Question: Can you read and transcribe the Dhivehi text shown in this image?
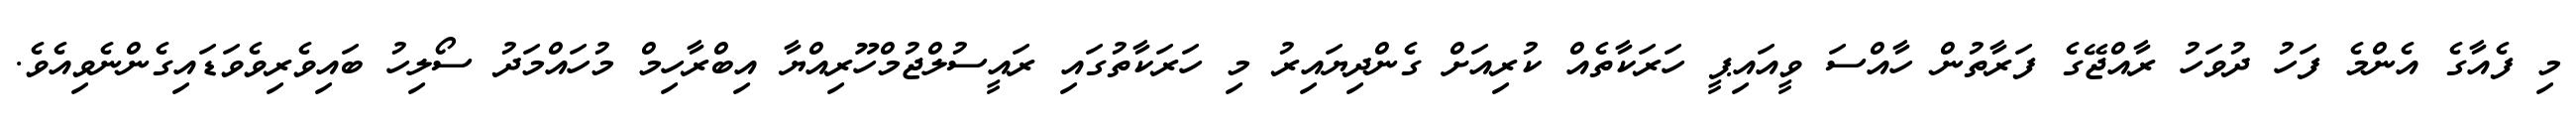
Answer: މި ފެއާގެ އެންމެ ފަހު ދުވަހު ރާއްޖޭގެ ފަރާތުން ހާއްސަ ވީއައިޕީ ހަރަކާތެއް ކުރިއަށް ގެންދިޔައިރު މި ހަރަކާތުގައި ރައީސުލްޖުމްހޫރިއްޔާ އިބްރާހިމް މުހައްމަދު ސޯލިހު ބައިވެރިވެވަޑައިގެންނެވިއެވެ.